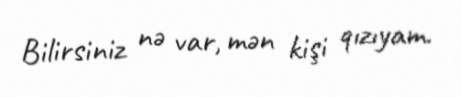
Bilirsiniz nə var, mən kişi qızıyam.